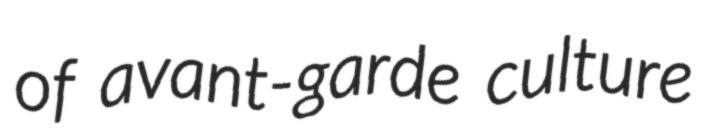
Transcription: of avant-garde culture